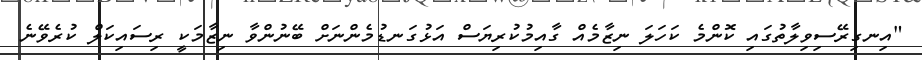
"އިނގިރޭސިވިލާތުގައި ކޮންމެ ކަހަލަ ނިޒާމެއް ގާއިމުކުރިޔަސް އަޅުގަނޑުމެންނަށް ބޭނުންވާ ނިޒާމަކީ ރިސައިކަލް ކުރެވޭނެ